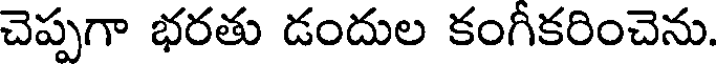
చెప్పగా భరతు డందుల కంగీకరించెను.